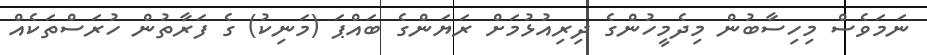
ނަމަވެސް މިހިސާބުން މިދެމީހުންގެ ދިރިއުޅުމަށް ރަޔަންގެ ބައްޕަ (މަނިކު) ގެ ފަރާތުން ހުރަސްތަކެއް